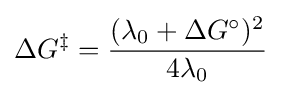
\Delta G^{\ddagger }={\frac {(\lambda _{0}+\Delta G^{\circ })^{2}}{4\lambda _{0}}}